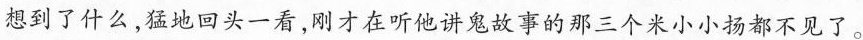
想到了什么，猛地回头一看，刚才在听他讲鬼故事的那三个米小小扬都不见了